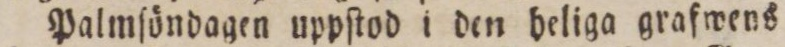
Palmſöndagen uppſtod i den heliga grafwens